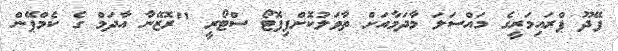
ފޭދޫ ޕްރައިމަރީގެ މައްސަލަ މާދަމާއަށް ތާވަލުކޮށްފިފޮޓޯ ސްޓޯރީ "ރޮޒޭނާ އާދަމް ގެ ކެމްޕޭން